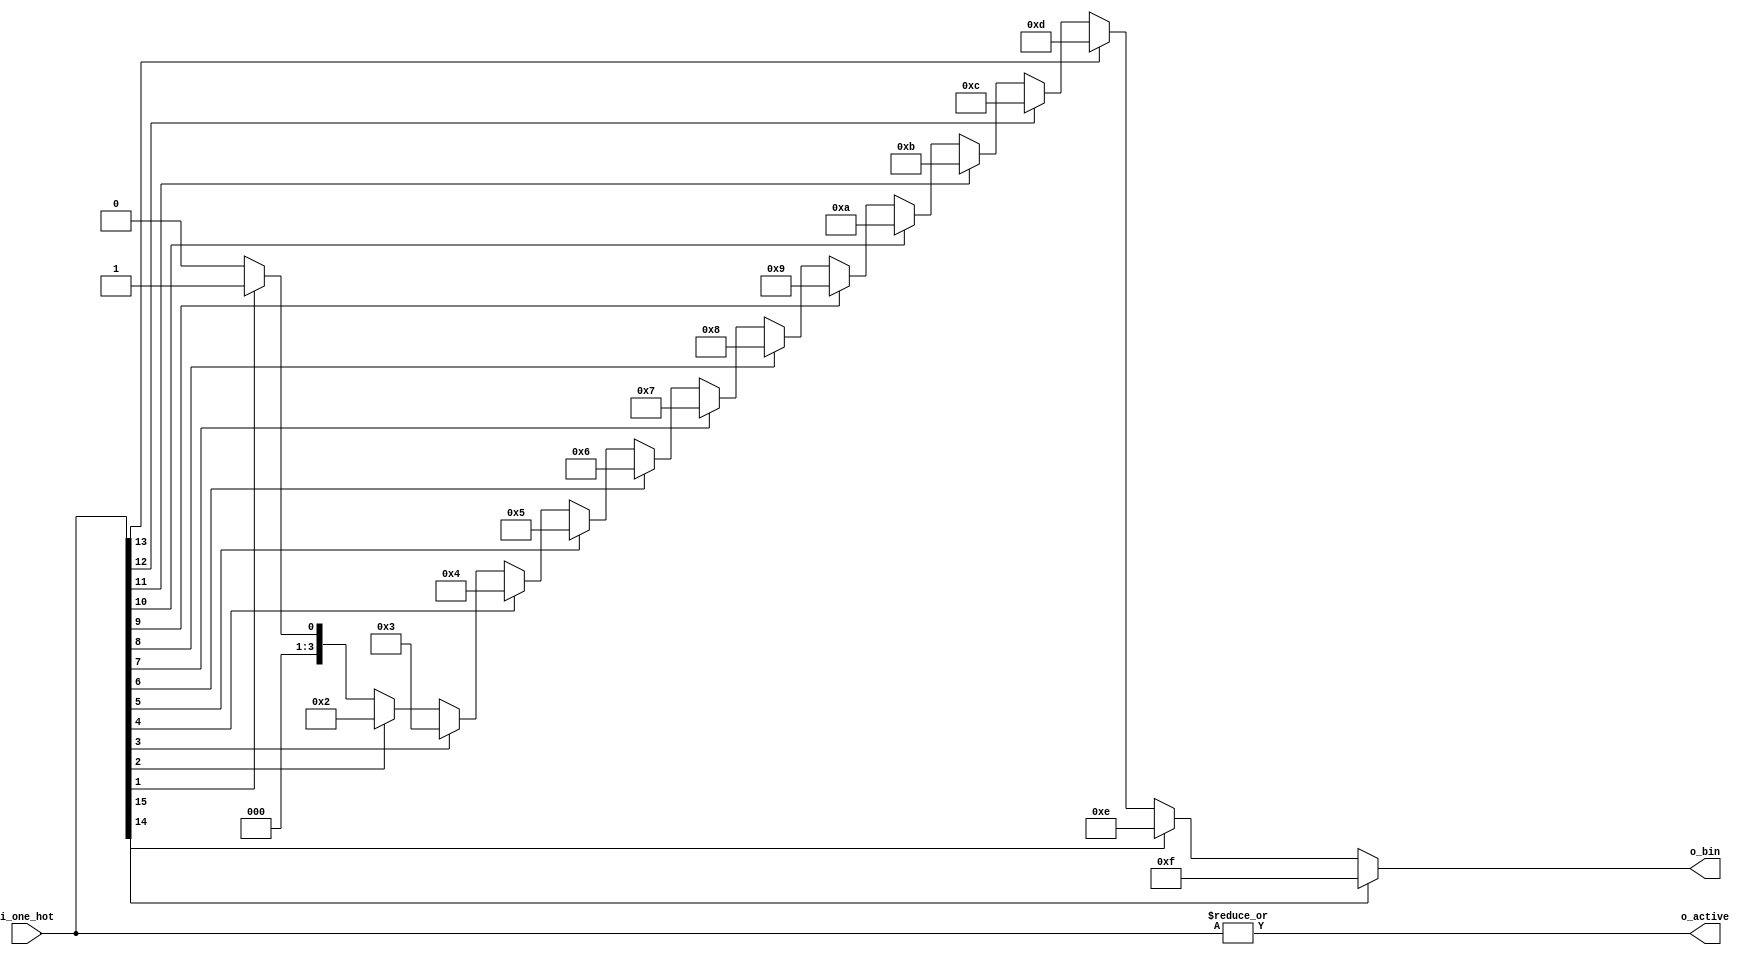
module priority_encoder (i_one_hot, o_bin, o_active);

parameter ONEHOT_WIDTH = 16;
parameter BIN_WIDTH = $clog2(ONEHOT_WIDTH);

input       [ONEHOT_WIDTH-1:0]  i_one_hot;
output reg  [BIN_WIDTH-1:0]     o_bin;
output                          o_active;

integer i = 0;

assign o_active = |i_one_hot;

always @* begin

    o_bin = 0;

    for (i=0; i<ONEHOT_WIDTH; i=i+1)
        if (i_one_hot[i])
            o_bin = i;

end

endmodule